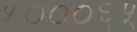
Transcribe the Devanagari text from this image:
५०००६५